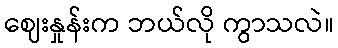
ဈေးနှုန်းက ဘယ်လို ကွာသလဲ။